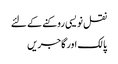
نقل نویسی روکنے کے لئے
پالک اور گاجریں